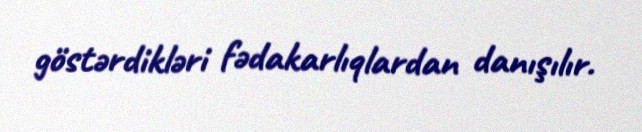
göstərdikləri fədakarlıqlardan danışılır.